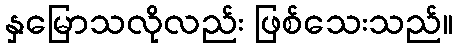
နှမြောသလိုလည်း ဖြစ်သေးသည်။